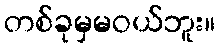
တစ်ခုမှမဝယ်ဘူး။